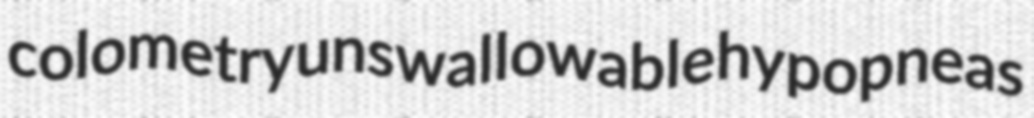
colometry unswallowable hypopneas